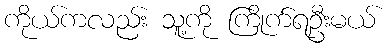
ကိုယ်ကလည်း သူ့ကို ကြိုက်ရဦးမယ်